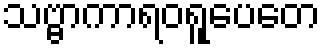
သဗ္ဗာကာရဝရူပေတေ